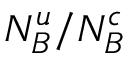
N _ { B } ^ { u } / N _ { B } ^ { c }